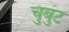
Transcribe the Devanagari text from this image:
चुबुट